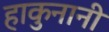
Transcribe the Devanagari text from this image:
हाकुनानी